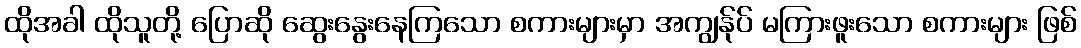
ထိုအခါ ထိုသူတို့ ပြောဆို ဆွေးနွေးနေကြသော စကားများမှာ အကျွန်ုပ် မကြားဖူးသော စကားများ ဖြစ်